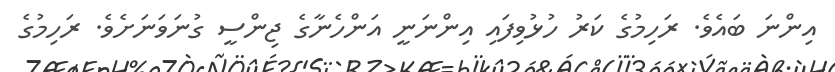
އިންނަ ބައެވެ. ރަހިމުގެ ކަރު ހުޅުވިފައި އިންނަނީ އަންހެނާގެ ޖިންސީ ގުނަވަނަށެވެ. ރަހިމުގެ